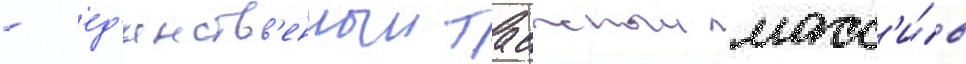
- ед'инств'енныи таежныи масс'и́в